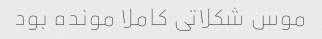
موس شکلاتی کاملا مونده بود